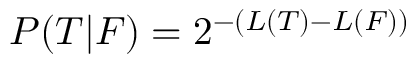
P ( T | F ) = 2 ^ { - ( L ( T ) - L ( F ) ) }